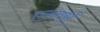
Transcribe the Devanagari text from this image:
एलबर्स